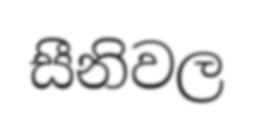
සීනිවල